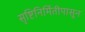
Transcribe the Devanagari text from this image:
सृष्टिनिर्मितीपासून